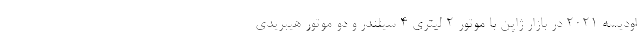
اودیسه 2021 در بازار ژاپن با موتور 2 لیتری 4 سیلندر و دو موتور هیبریدی